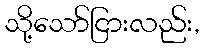
သို့သော်ငြားလည်း,